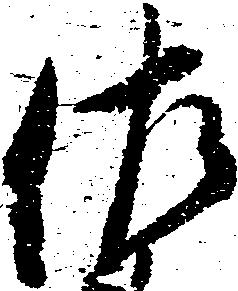
佐